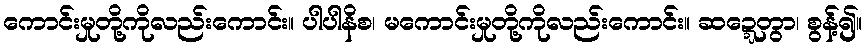
ကောင်းမှုတို့ကိုလည်းကောင်း။ ပါပါနိစ၊ မကောင်းမှုတို့ကိုလည်းကောင်း။ ဆဍ္ဍေတွာ၊ စွန့်၍။